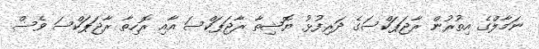
ނަމާލްގެ އިތުރުން ރާޖަޕަކްސަގެ ދަރިފުޅު ޔޮޝިތާ ރާޖަޕަކްސަ އާއި ރޮހިތާ ރާޖަޕަކްސަ ވެސް